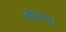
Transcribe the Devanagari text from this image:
दोरान।